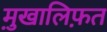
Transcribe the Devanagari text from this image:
मु़खालिफ़त